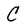
Character: C